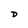
Character: D